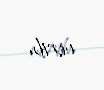
verib.